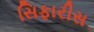
સિફારીસ